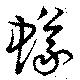
蟻